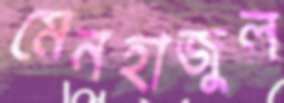
মেনহাজুল